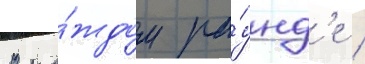
В ка́ждом ра́унд'е /